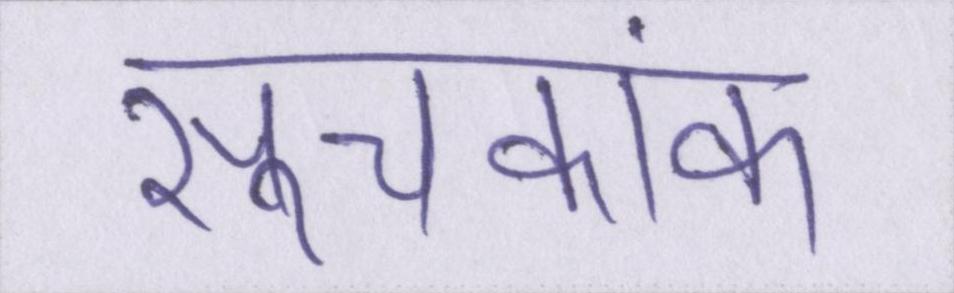
सूचकांक